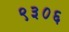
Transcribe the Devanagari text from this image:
९३०६